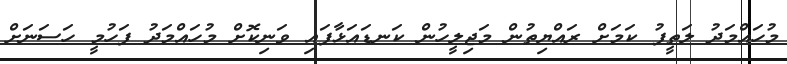
މުހައްމަދު ލަތީފު ކަމަށް ރައްޔިތުން މަޖިލީހުން ކަނޑައަޅާފައި ވަނިކޮށް މުހައްމަދު ފަހުމީ ހަސަނަށް